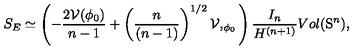
S _ { E } \simeq \left( - \frac { 2 { \cal V } ( \phi _ { 0 } ) } { n - 1 } + \left( \frac { n } { ( n - 1 ) } \right) ^ { 1 / 2 } { \cal V } , _ { \phi _ { 0 } } \right) \frac { I _ { n } } { H ^ { ( n + 1 ) } } V o l ( \mathrm { S } ^ { n } ) ,